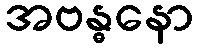
အဗန္ဓနော